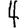
Digit: 4